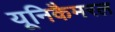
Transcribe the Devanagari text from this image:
यूनिकैमरल